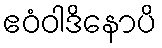
ဧဝံဝါဒိနောပိ